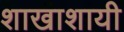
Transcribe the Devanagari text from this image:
शाखाशायी